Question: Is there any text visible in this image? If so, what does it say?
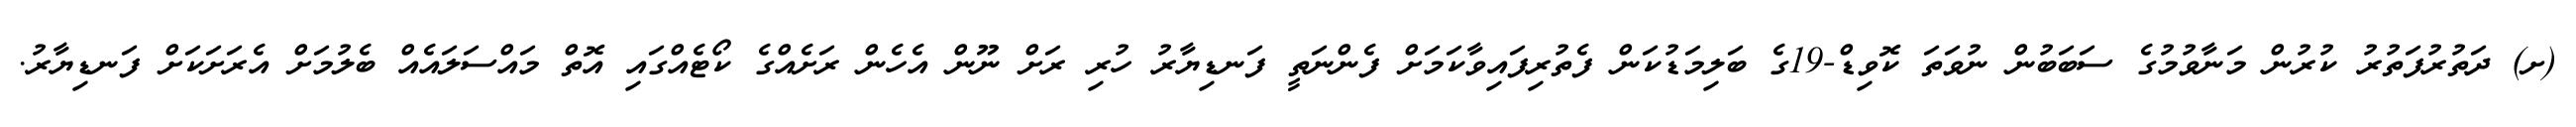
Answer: (ށ) ދަތުރުފަތުރު ކުރުން މަނާވުމުގެ ސަބަބުން ނުވަތަ ކޮވިޑް-19ގެ ބަލިމަޑުކަން ފެތުރިފައިވާކަމަށް ފެންނަތީ ފަނޑިޔާރު ހުރި ރަށް ނޫން އެހެން ރަށެއްގެ ކޯޓެއްގައި އޮތް މައްސަލައެއް ބެލުމަށް އެރަށަކަށް ފަނޑިޔާރު.